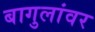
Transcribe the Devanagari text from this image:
बागुलांवर